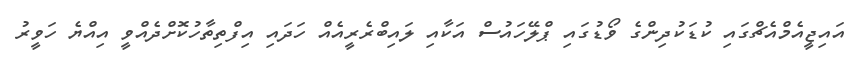
އައިޖީއެމްއެޗްގައި ކުޑަކުދިންގެ ވޯޑުގައި ޕްލޭހައުސް އަކާއި ލައިބްރެރީއެއް ހަދައި އިފްތިތާހުކޮށްދެއްވީ އިއްޔެ ހަވީރު